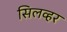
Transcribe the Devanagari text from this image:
सिलव्हर